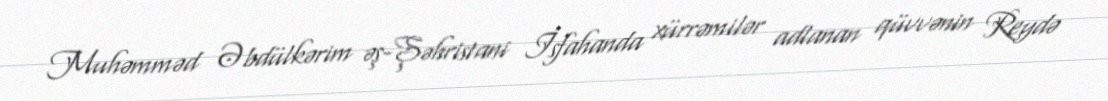
Muhəmməd Əbdülkərim əş-Şəhristani İsfahanda xürrəmilər adlanan qüvvənin Reydə